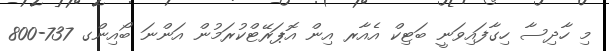
މި ހާދިސާ ހިގާފައިވަނީ ބަޓިކް އެއާރ އިން އޮޕަރޭޓްކުރަމުން އަންނަ ބޯއިންގ 737-800